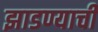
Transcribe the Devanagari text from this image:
झाडण्याची